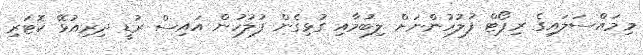
މިމައްސަލައިގެ ރިޕޯޓް ފުލުހުންނަށް ލިބުމާއި ގުޅިގެން ފުލުހުން އައިސް ރުޑީ ދިރިއުޅޭ ކޮޓަރި